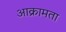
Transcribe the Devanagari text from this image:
आक्रामता